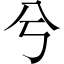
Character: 兮